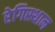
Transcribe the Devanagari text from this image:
रेगिस्थान